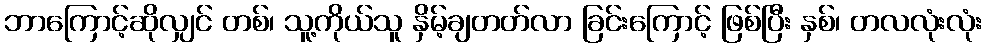
ဘာကြောင့်ဆိုလျှင် တစ်၊ သူ့ကိုယ်သူ နှိမ့်ချတတ်လာ ခြင်းကြောင့် ဖြစ်ပြီး နှစ်၊ တလလုံးလုံး